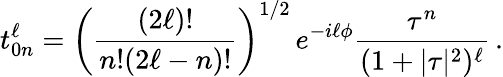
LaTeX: t_{0n}^{\ell}=\left(\frac{(2\ell)!}{n!{(2\ell-n)!}}\right)^{1/2}\, e^{-i\ell\phi}\frac{\tau^{n}}{(1+|\tau|^{2})^{\ell}}\, .